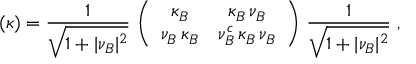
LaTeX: ( \kappa ) = { \frac { 1 } { \sqrt { 1 + \vert \nu _ { B } \vert ^ { 2 } } } } \, \left( \begin{array} { c c } { { \kappa _ { B } } } & { { \kappa _ { B } \, \nu _ { B } } } \\ { { \nu _ { B } \, \kappa _ { B } } } & { { \nu _ { B } ^ { c } \, \kappa _ { B } \, \nu _ { B } } } \end{array} \right) \, { \frac { 1 } { \sqrt { 1 + \vert \nu _ { B } \vert ^ { 2 } } } } \; ,